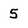
Character: 5